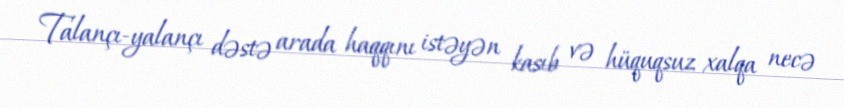
Talançı-yalançı dəstə arada haqqını istəyən kasıb və hüquqsuz xalqa necə